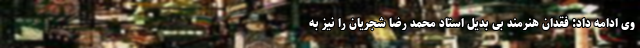
وی ادامه داد: فقدان هنرمند بی بدیل استاد محمد رضا شجریان را نیز به